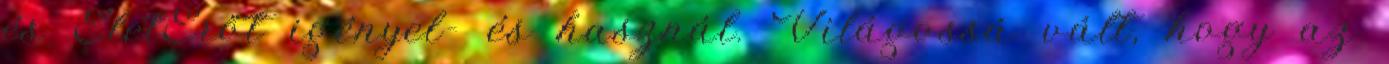
és ÉletErőt igényel- és használ. Világossá vált, hogy az